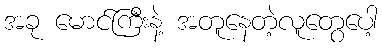
အခု မောင်ကြီးနဲ့ အတူနေတဲ့လူတွေပေါ့